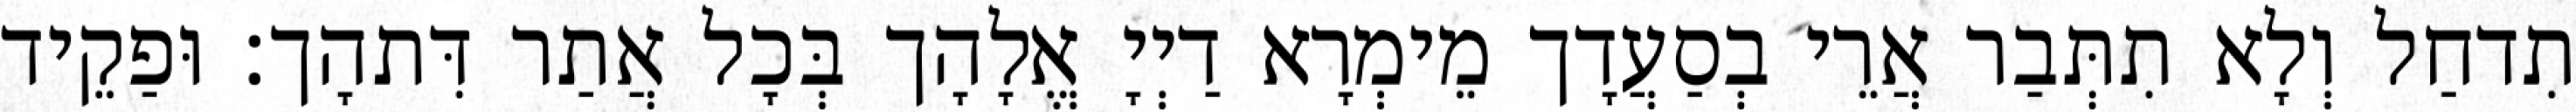
תִדחַל וְלָא תִתְּבַר אֲרֵי בְסַעֲדָך מֵימְרָא דַיְיָ אֱלָהָך בְּכָל אֲתַר דִּתהָך׃ וּפַקֵיד